Vabadussoja_Ajaloo_Komitee, lk 97
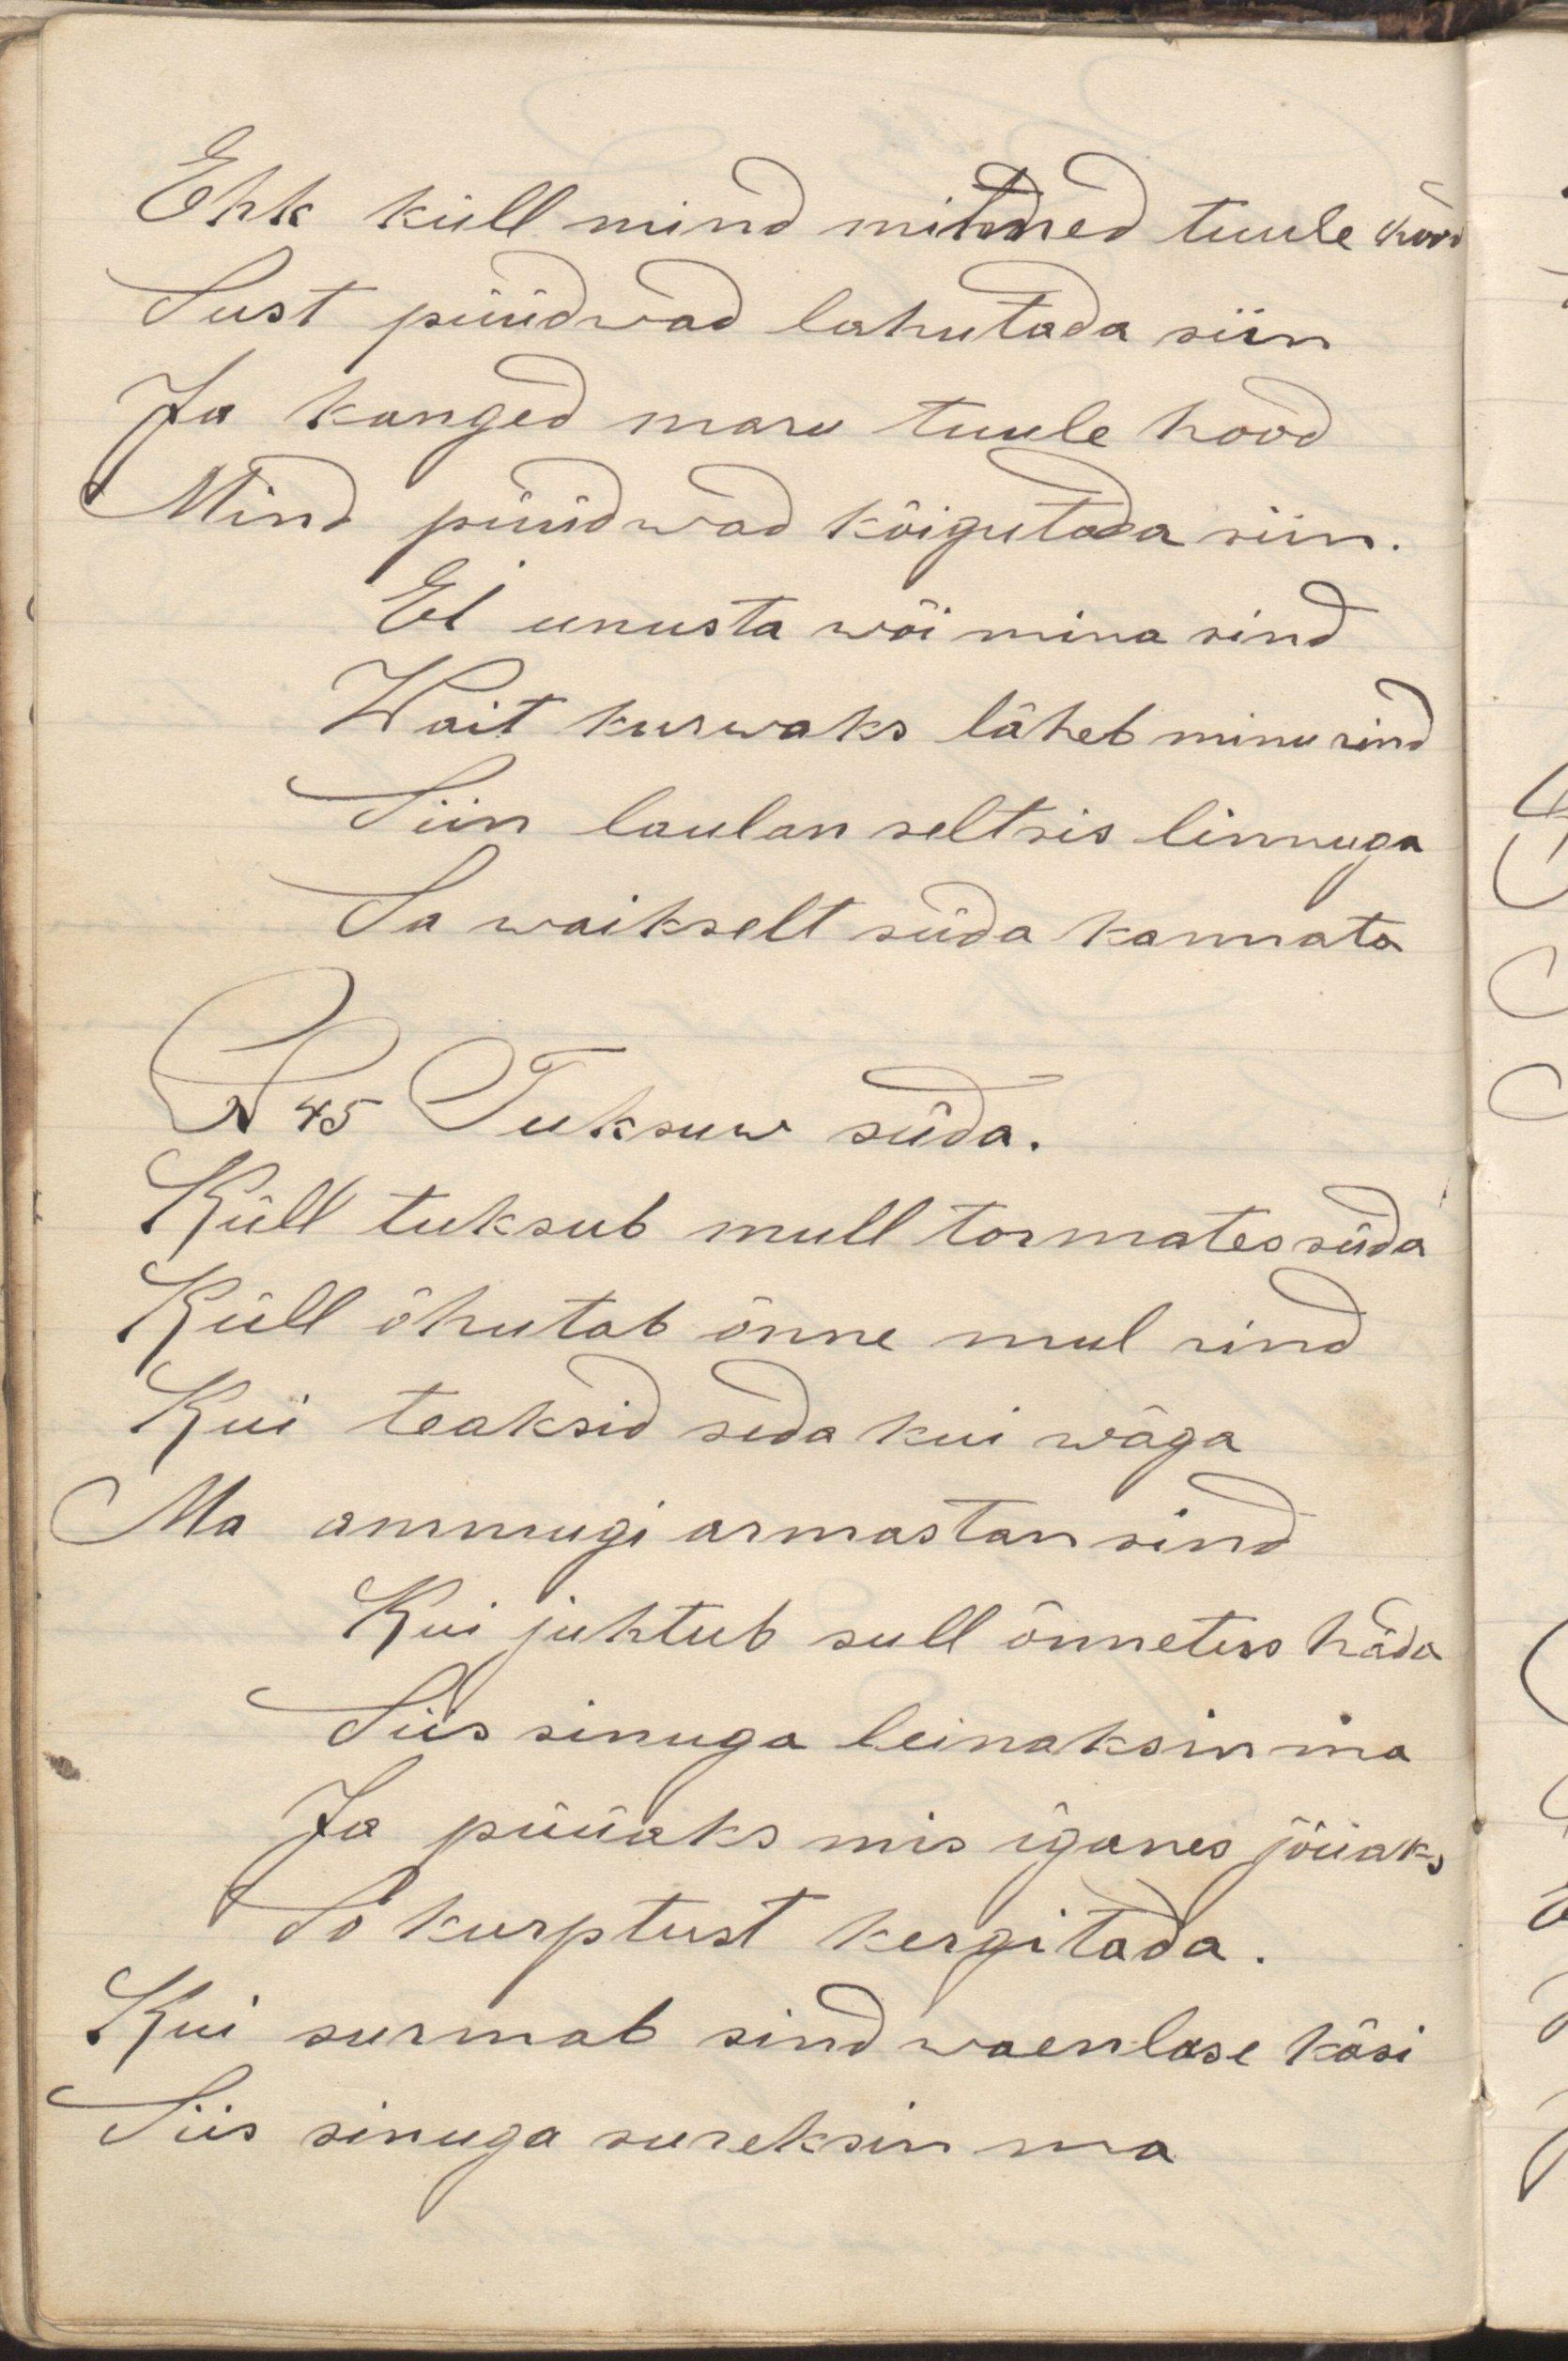
Ehk küll mind mitmed tuule kord
Sust püüdwad lahutada siin
Ja kanged maru tuule hood
Mind püüdwad kõigutada siin.
Ei unusta wõi mina sind
Wait kurwaks läheb minu rind
Siin laulan seltsis linnuga
Sa waikselt süda kannata
N 45 Tuksuw süda.
Küll tuksub mull tormates süda
Küll õhutab õnne mul rind
Kui teaksid seda kui wäga
Ma ammugi armastan sind
Kui juhtub sull õnnetus häda
Siis sinuga leinaksid mina
Ja püüaks mis iganes jõuaks
So kurptust kergitada
Kui surmab sind waenlase käsi
Siis sinuga sureksin ma